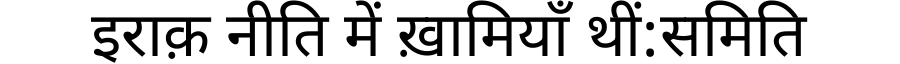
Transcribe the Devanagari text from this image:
इराक़ नीति में ख़ामियाँ थीं:समिति